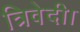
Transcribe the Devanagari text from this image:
त्रिवेदी।